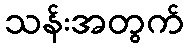
သန်းအတွက်